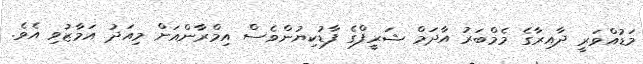
މަޑުއްވަރީ ދާއިރާގެ މެމްބަރު އާދަމް ޝަރީފްގެ ފާޑުކިޔުންވެސް އިމްރާންއަށް މިއަދު އަމާޒުވި އެވެ.